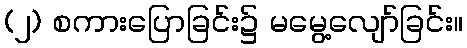
(၂) စကားပြောခြင်း၌ မမွေ့လျော်ခြင်း။